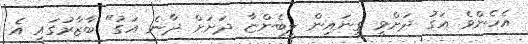
އެހެންވެ އަގު ދަށްވީ ގިނައިން ލިބެންޏާ ދަށަށް ދާނެ އަގު" ބާޒާރުގައި އެ